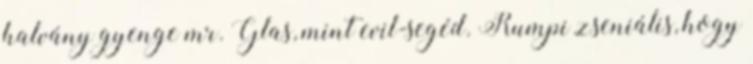
halvány gyenge mr. Glas, mint evil-segéd. Rumpi zseniális, hogy